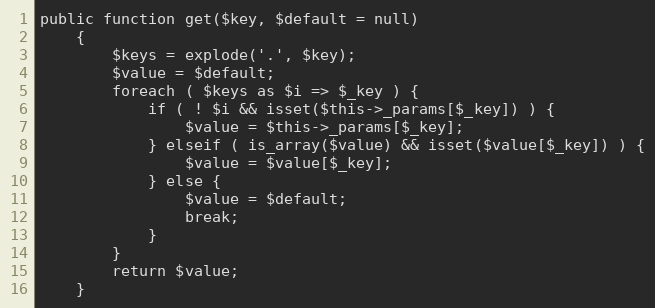
Language: PHP
public function get($key, $default = null)
    {
        $keys = explode('.', $key);
        $value = $default;
        foreach ( $keys as $i => $_key ) {
            if ( ! $i && isset($this->_params[$_key]) ) {
                $value = $this->_params[$_key];
            } elseif ( is_array($value) && isset($value[$_key]) ) {
                $value = $value[$_key];
            } else {
                $value = $default;
                break;
            }
        }
        return $value;
    }